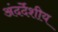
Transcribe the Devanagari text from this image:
अंदर्देशीय